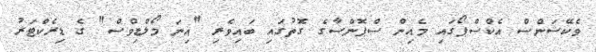
ވެކޭޝަންސް އެކްސްޕޯގައި މެއިން ސްޕޮންސާގެ ގޮތުގައި ބައިވެރި "އިނަ މޯލްޑިވްސް" ގެ ޑިރެކްޓަރު